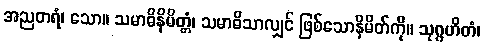
အညတရံ၊ သော။ သမာဓိနိမိတ္တံ၊ သမာဓိသာလျှင် ဖြစ်သောနိမိတ်ကို။ သုဂ္ဂဟိတံ၊